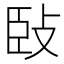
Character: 𢼧